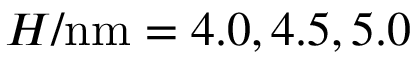
H / \mathrm { n m } = 4 . 0 , 4 . 5 , 5 . 0